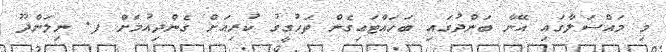
މި މައްސަލާގައި އޭނާ ބަންދުގައި ބަހައްޓައިގެން ތަހުގީގު ކުރިއަށް ގެންދިއުމަށް ފ. ނިލަންދޫ